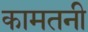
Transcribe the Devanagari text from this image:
कामतनी